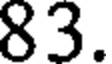
83.